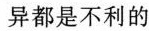
异都是不利的